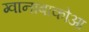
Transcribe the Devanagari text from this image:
ग्वानाबाकोआ